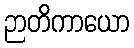
ဉာတိကာယော